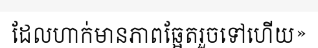
ដែលហាក់មានភាពឆ្អែតរួចទៅហើយ»